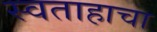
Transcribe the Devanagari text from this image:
स्वताहाचा